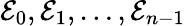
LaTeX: \mathcal{E}_{0},\mathcal{E}_{1},\dots,\mathcal{E}_{n-1}